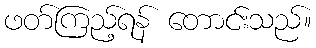
ဖတ်ကြည့်ရန် တောင်းသည်။